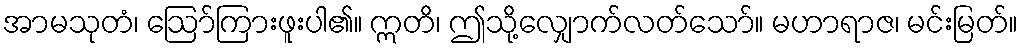
အာမသုတံ၊ ဩော်ကြားဖူးပါ၏။ ဣတိ၊ ဤသို့လျှောက်လတ်သော်။ မဟာရာဇ၊ မင်းမြတ်။